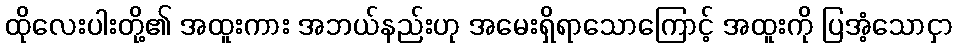
ထိုလေးပါးတို့၏ အထူးကား အဘယ်နည်းဟု အမေးရှိရာသောကြောင့် အထူးကို ပြအံ့သောငှာ